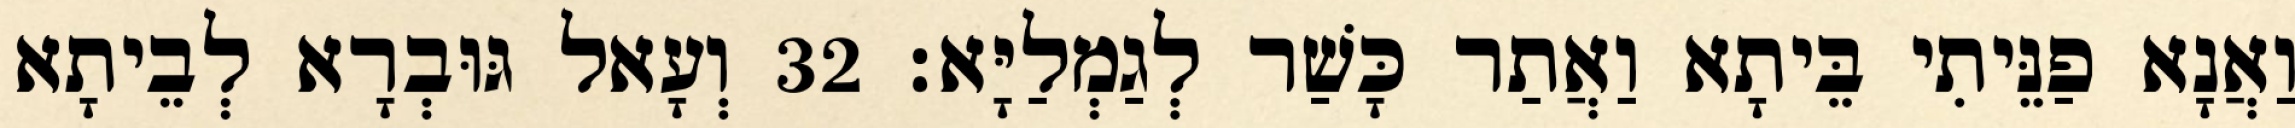
וַאֲנָא פַנֵּיתִי בֵּיתָא וַאֲתַר כָּשַׁר לְגַמְלַיָּא׃ 32 וְעָאל גּוּבְרָא לְבֵיתָא